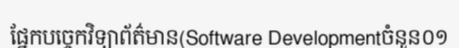
ផ្នែកបច្ចេកវិទ្យាព័ត៌មាន(Software Developmentចំនួន០១